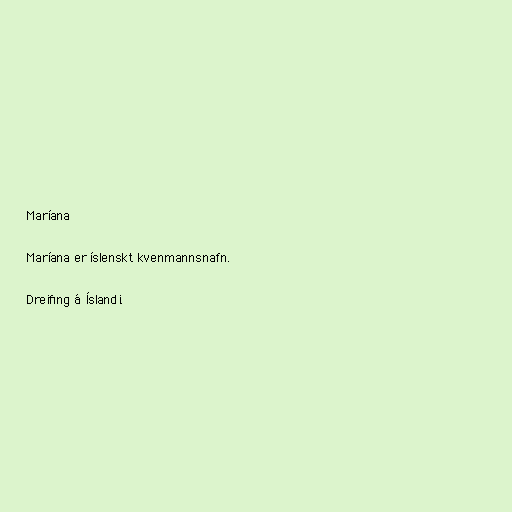
Maríana

Maríana er íslenskt kvenmannsnafn.

Dreifing á Íslandi.